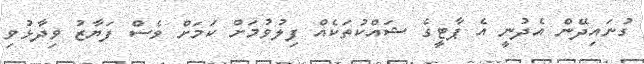
ގުނައިދޭން އެދުނީ އެ ޕާޓީގެ ޝައްކުތަކެއް ފިލުވުމަށް ކަމަށް ވެސް ފަޔާޒު ވިދާޅުވި